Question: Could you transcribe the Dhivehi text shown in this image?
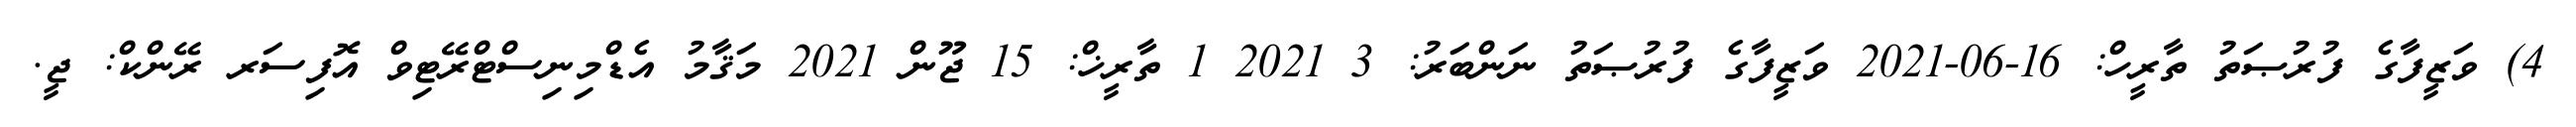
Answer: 4) ވަޒީފާގެ ފުރުޞަތު ތާރީހް: 16-06-2021 ވަޒީފާގެ ފުރުޞަތު ނަންބަރު: 3 2021 1 ތާރީޚް: 15 ޖޫން 2021 މަޤާމު އެޑްމިނިސްޓްރޭޓިވް އޮފިސަރ ރޭންކް: ޖީ.